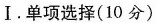
Ⅰ.单项选择(10分)